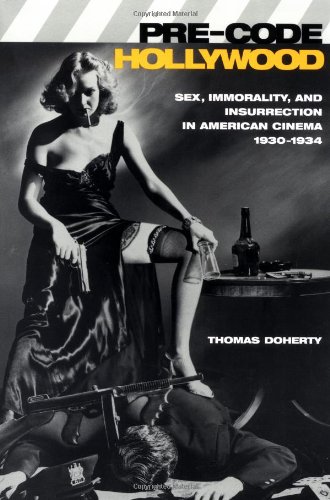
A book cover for Pre-Code Hollywood: Sex, Immorality, and Insurrection in American Cinema; 1930-1934; Thomas Doherty; Humor & Entertainment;